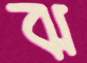
ঝ